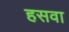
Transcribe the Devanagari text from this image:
हसवा